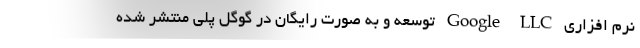
نرم افزاری Google LLC توسعه و به صورت رایگان در گوگل پلی منتشر شده